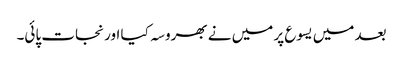
بعد میں یسوع پر میں نے بھروسہ کیا اور نجات پائی۔